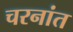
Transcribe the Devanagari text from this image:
चरनांत